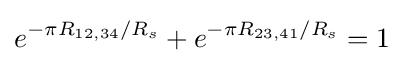
e^{-\pi R_{12,34}/R_{s}}+e^{-\pi R_{23,41}/R_{s}}=1